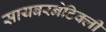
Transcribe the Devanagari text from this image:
सायबरनेटिक्ली